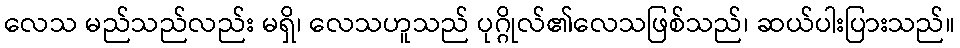
လေသ မည်သည်လည်း မရှိ၊ လေသဟူသည် ပုဂ္ဂိုလ်၏လေသဖြစ်သည်၊ ဆယ်ပါးပြားသည်။